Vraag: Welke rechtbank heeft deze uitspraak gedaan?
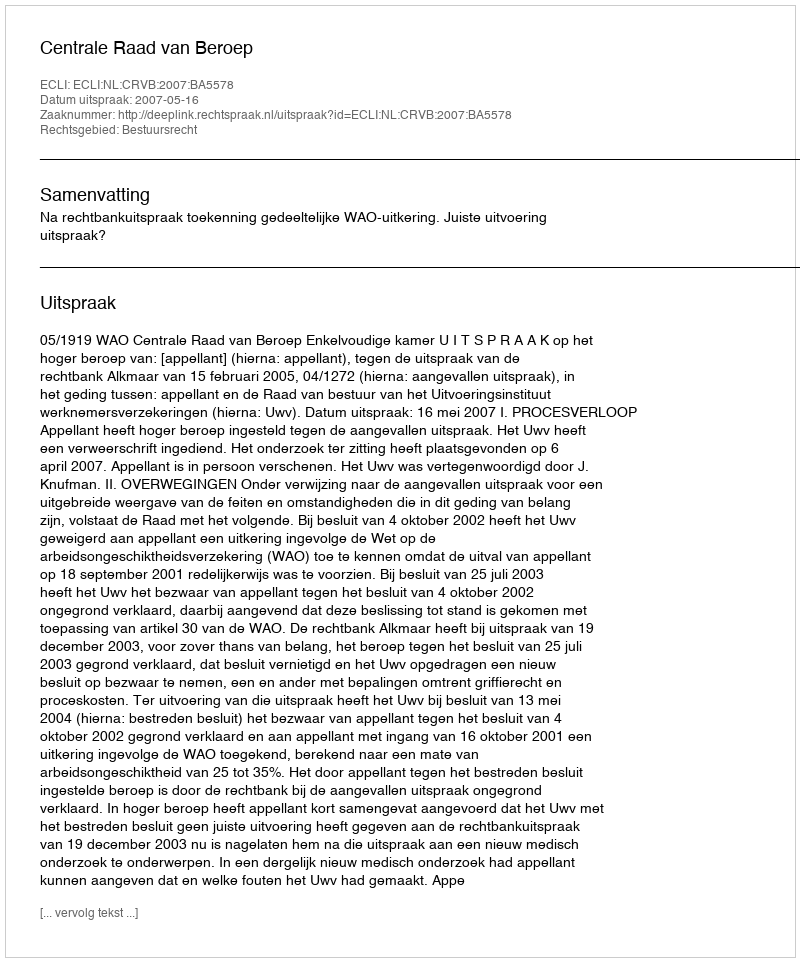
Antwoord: Centrale Raad van Beroep